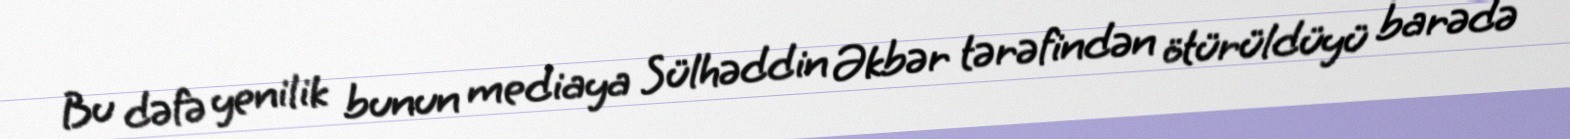
Bu dəfə yenilik bunun mediaya Sülhəddin Əkbər tərəfindən ötürüldüyü barədə